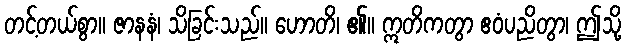
တင့်တယ်စွာ။ ဇာနနံ၊ သိခြင်းသည်။ ဟောတိ၊ ၏။ ဣတိကတွာ ဧဝံပညိတွာ၊ ဤသို့